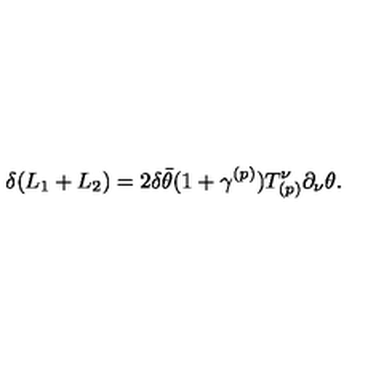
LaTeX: \delta ( L _ { 1 } + L _ { 2 } ) = 2 \delta \bar { \theta } ( 1 + \gamma ^ { ( p ) } ) T _ { ( p ) } ^ { \nu } \partial _ { \nu } \theta .